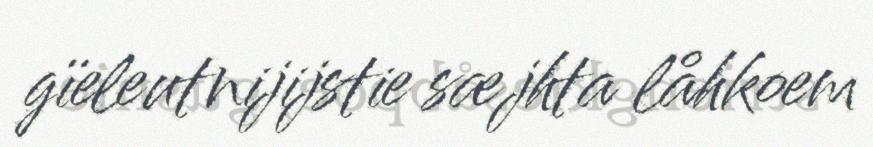
gïeleutnijijstie sæjhta låhkoem